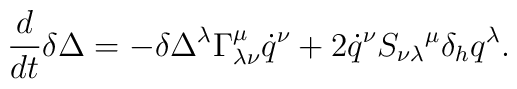
\frac{d}{dt} \delta \Delta = - \delta \Delta ^\lambda            \Gamma ^\mu _{\lambda \nu } \dot{q}^\nu             + 2 \dot{q}^\nu S _{\nu \lambda }{}^\mu              \delta _h q^\lambda .